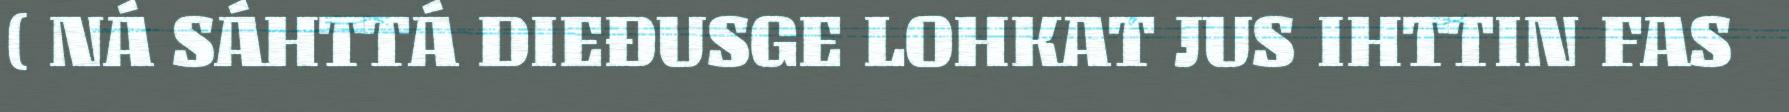
( NÁ SÁHTTÁ DIEĐUSGE LOHKAT JUS IHTTIN FAS